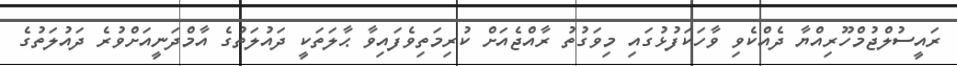
ރައީސުލްޖުމްހޫރިއްޔާ ދެއްކެވި ވާހަކަފުޅުގައި މިވަގުތު ރާއްޖެއަށް ކުރިމަތިވެފައިވާ ޙާލަތަކީ ދައުލަތުގެ އާމްދަނީއަށްވުރެ ދައުލަތުގެ